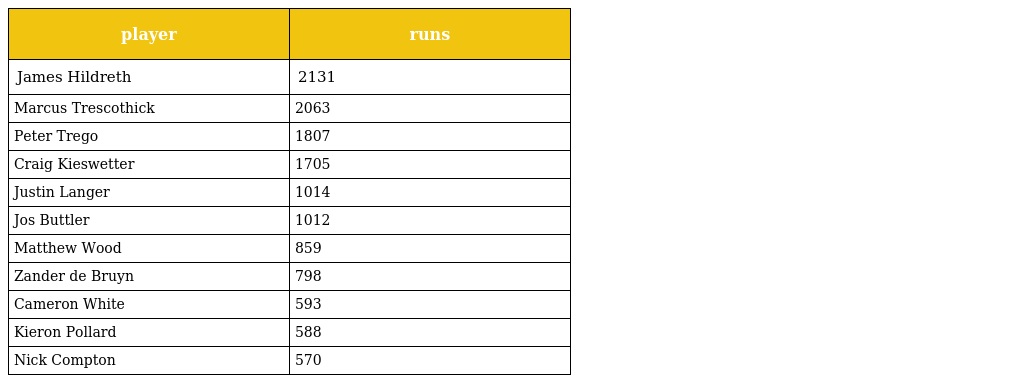
| player | runs |
 | --- | --- |
 | James Hildreth | 2131 |
 | Marcus Trescothick | 2063 |
 | Peter Trego | 1807 |
 | Craig Kieswetter | 1705 |
 | Justin Langer | 1014 |
 | Jos Buttler | 1012 |
 | Matthew Wood | 859 |
 | Zander de Bruyn | 798 |
 | Cameron White | 593 |
 | Kieron Pollard | 588 |
 | Nick Compton | 570 |